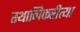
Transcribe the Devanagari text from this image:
स्थानिकरीत्या